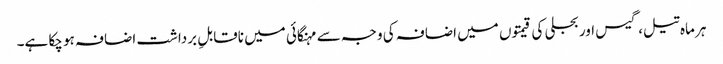
ہر ماہ تیل، گیس اور بجلی کی قیمتوں میں اضافہ کی وجہ سے مہنگائی میں ناقابلِ برداشت اضافہ ہو چکا ہے۔